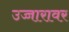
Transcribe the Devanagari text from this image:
उच्चारावर